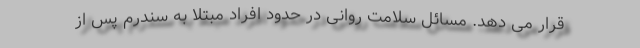
قرار می دهد. مسائل سلامت روانی در حدود افراد مبتلا به سندرم پس از